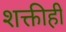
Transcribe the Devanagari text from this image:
शक्तीही